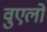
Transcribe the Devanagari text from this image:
वुएलो